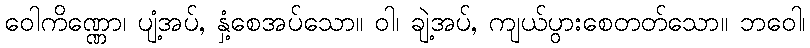
ဝေါကိဏ္ဏော၊ ပျံ့အပ်, နှံ့စေအပ်သော။ ဝါ၊ ချဲ့အပ်, ကျယ်ပွားစေတတ်သော။ ဘဝေါ၊